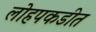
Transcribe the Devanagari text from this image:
लोहपकडीत